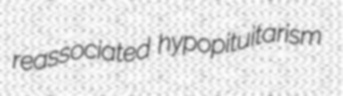
reassociated hypopituitarism